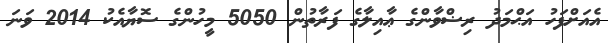
އެއަށްފަހު އަޙްމަދު ރިޟްވާންގެ ޢާއިލާގެ ފަރާތުން 5050 މީހުންގެ ސޮޔާއެކު 2014 ވަނަ